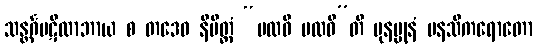
သန္တင်္ဂပဋိလာဘာယ စ တဒေဝ နိမိတ္တံ “ပထဝီ ပထဝီ”တိ ပုနပ္ပုနံ မနသိကရောတော